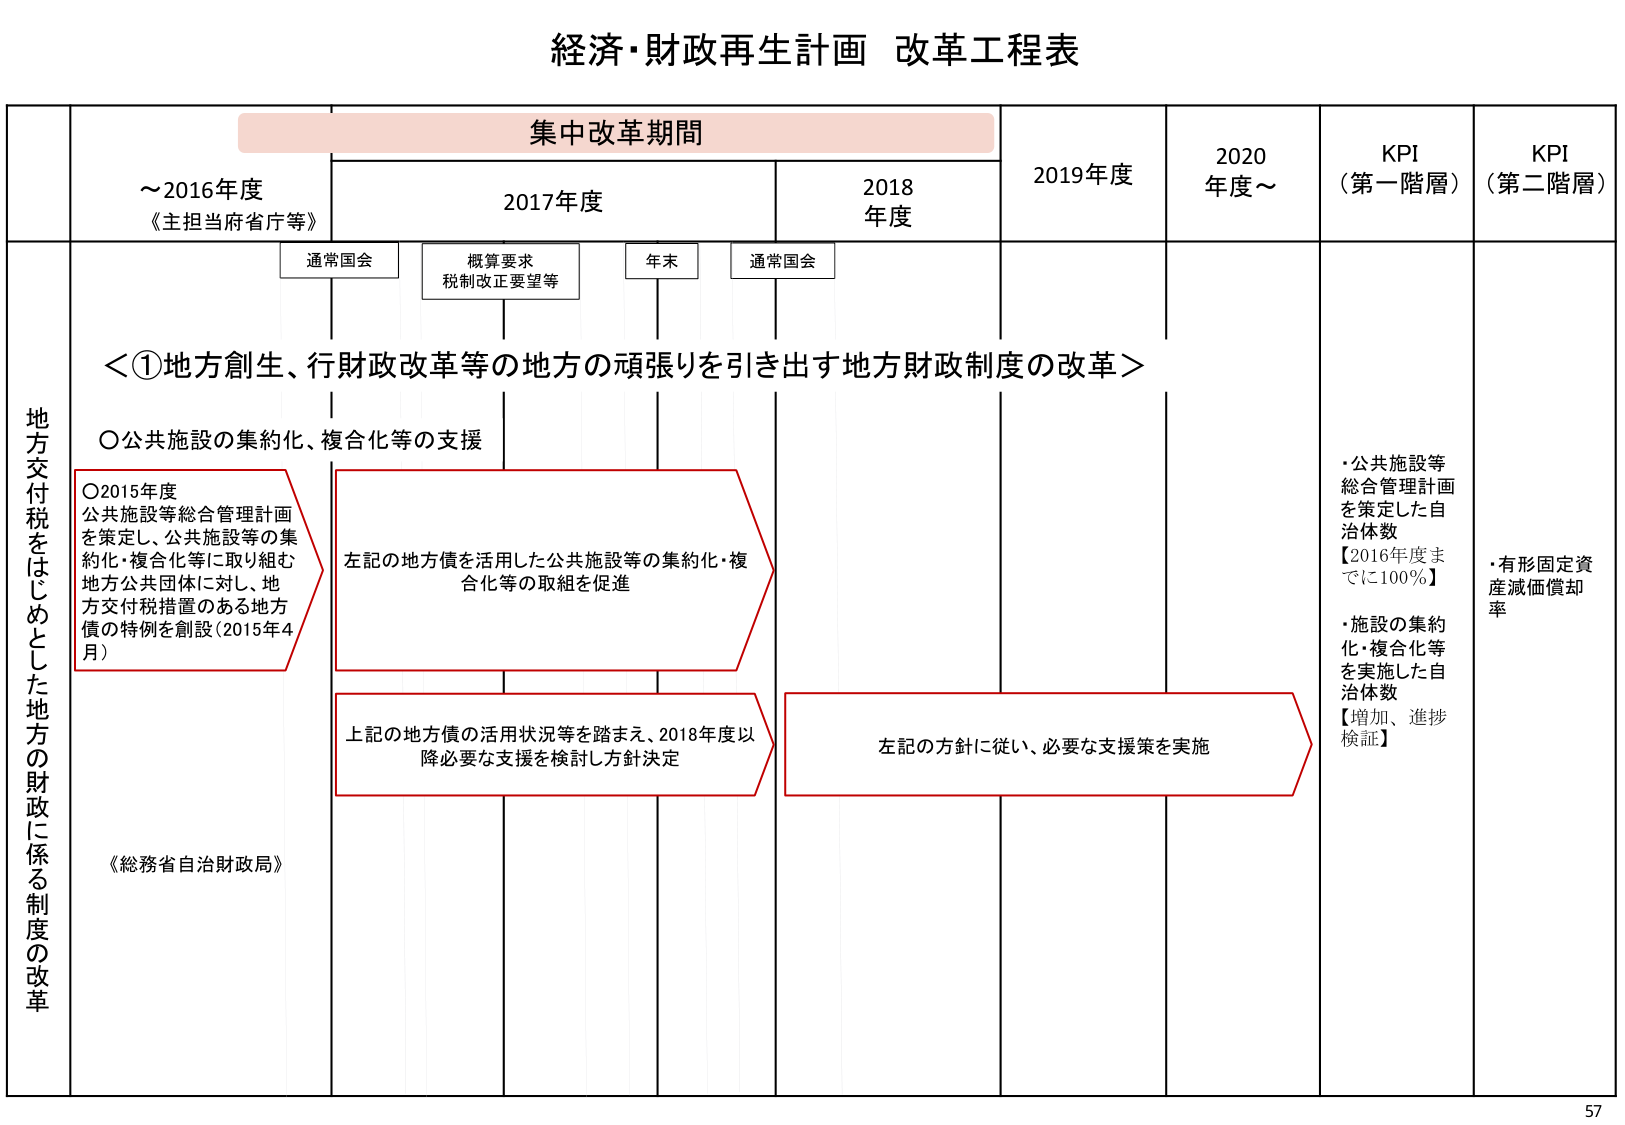
経済・財政再生計画 改革工程表

集中改革期間

～2016年度
《主担当府省庁等》

2017年度

2018年度

2019年度

2020年度～

KPI（第一階層）

KPI（第二階層）

通常国会

概算要求
税制改正要望等

年末

通常国会

地方交付税をはじめとした地方の財政に係る制度の改革

＜①地方創生、行財政改革等の地方の頑張りを引き出す地方財政制度の改革＞

〇公共施設の集約化、複合化等の支援

〇2015年度
公共施設等総合管理計画を策定し、公共施設等の集約化・複合化等に取り組む地方公共団体に対し、地方交付税措置のある地方債の特例を創設（2015年4月）

左記の地方債を活用した公共施設等の集約化・複合化等の取組を促進

上記の地方債の活用状況等を踏まえ、2018年度以降必要な支援を検討し方針決定

左記の方針に従い、必要な支援策を実施

《総務省自治財政局》

・公共施設等総合管理計画を策定した自治体数
【2016年度までに100％】

・施設の集約化・複合化等を実施した自治体数
【増加、進捗検証】

・有形固定資産減価償却率

57